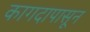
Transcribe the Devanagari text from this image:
कागदापासून